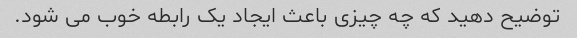
توضیح دهید که چه چیزی باعث ایجاد یک رابطه خوب می شود.